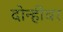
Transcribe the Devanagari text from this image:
दोन्हींवर